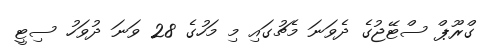
ގްރޫޕް ސްޓޭޖުގެ ދެވަނަ މެޗުގައި މި މަހުގެ 28 ވަނަ ދުވަހު ސިޓީ